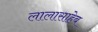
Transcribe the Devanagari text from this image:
लालासाहेब